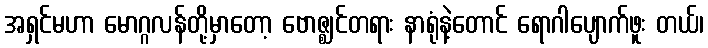
အရှင်မဟာ မောဂ္ဂလန်တို့မှာတော့ ဗောဇ္ဈင်တရား နာရုံနဲ့တောင် ရောဂါပျောက်ဖူး တယ်၊